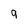
Character: 9